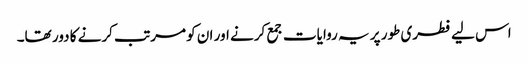
اس لیے فطری طور پر یہ روایات جمع کرنے اور ان کو مرتب کرنے کا دور تھا۔